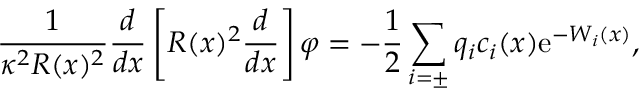
\frac { 1 } { \kappa ^ { 2 } R ( x ) ^ { 2 } } \frac { d } { d x } \left[ R ( x ) ^ { 2 } \frac { d } { d x } \right] \varphi = - \frac { 1 } { 2 } \sum _ { i = \pm } q _ { i } c _ { i } ( x ) \mathrm { e } ^ { - W _ { i } ( x ) } ,